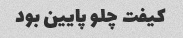
کیفت چلو پایین بود